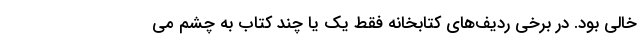
خالی بود. در برخی ردیف‌های کتابخانه‌ فقط یک یا چند کتاب به چشم می